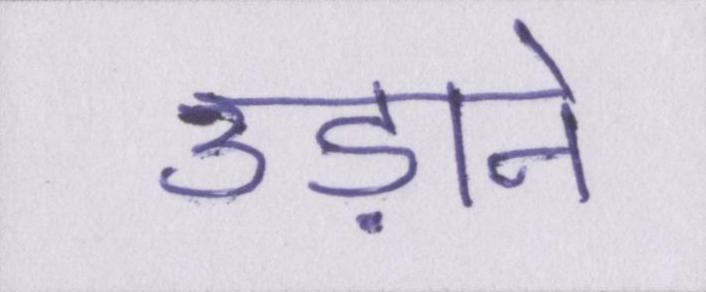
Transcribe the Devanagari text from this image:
उड़ाने